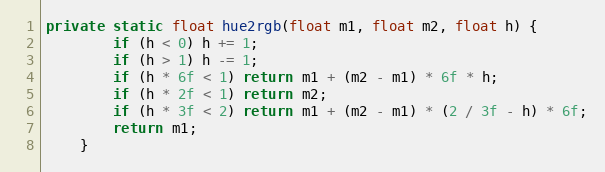
Language: Java
private static float hue2rgb(float m1, float m2, float h) {
        if (h < 0) h += 1;
        if (h > 1) h -= 1;
        if (h * 6f < 1) return m1 + (m2 - m1) * 6f * h;
        if (h * 2f < 1) return m2;
        if (h * 3f < 2) return m1 + (m2 - m1) * (2 / 3f - h) * 6f;
        return m1;
    }